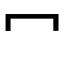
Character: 冖